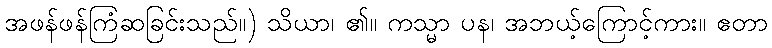
အဖန်ဖန်ကြံဆခြင်းသည်။) သိယာ၊ ၏။ ကသ္မာ ပန၊ အဘယ့်ကြောင့်ကား။ ဧတာ